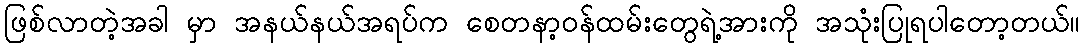
ဖြစ်လာတဲ့အခါ မှာ အနယ်နယ်အရပ်က စေတနာ့ဝန်ထမ်းတွေရဲ့အားကို အသုံးပြုရပါတော့တယ်။